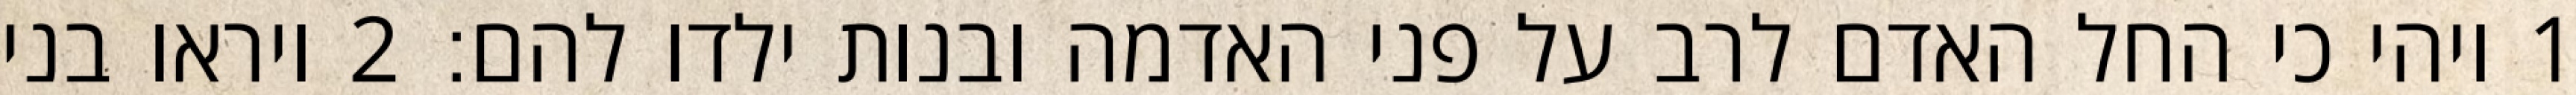
1 ויהי כי החל האדם לרב על פני האדמה ובנות ילדו להם׃ ‎2‏ ויראו בני